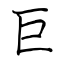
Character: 巨